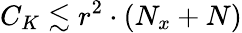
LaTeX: C_{K}\lesssim r^{2}\cdot(N_{x}+N)